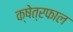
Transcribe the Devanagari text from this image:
क्षेत्रफाल